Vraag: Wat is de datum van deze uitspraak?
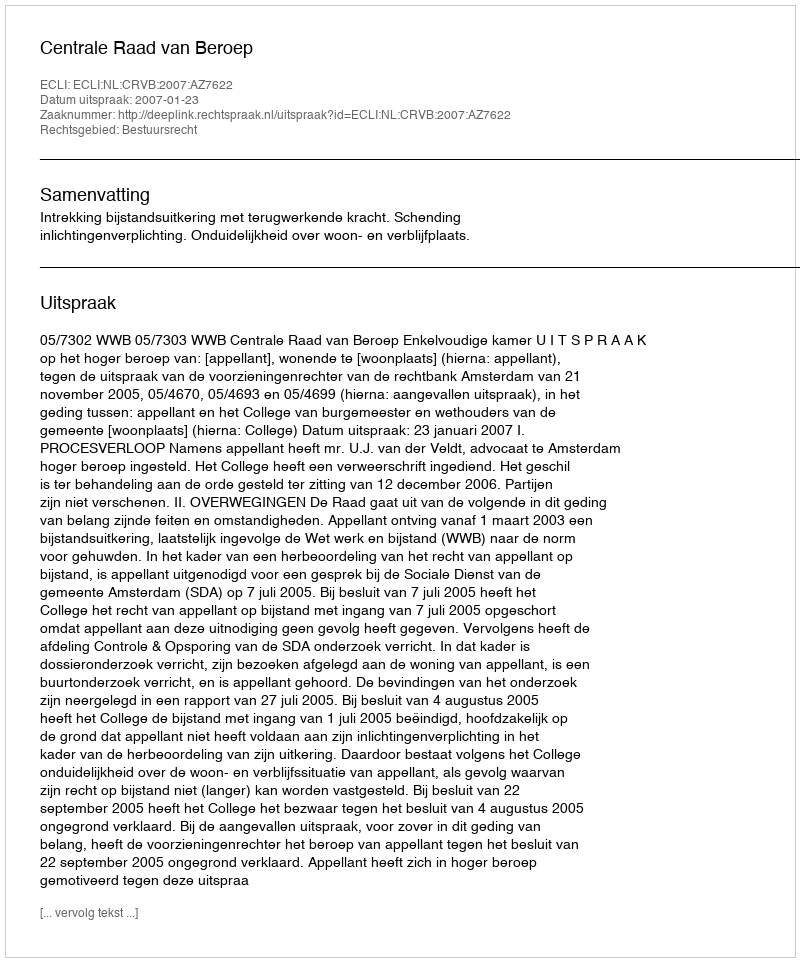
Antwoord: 2007-01-23